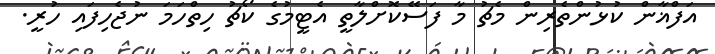
އަފްޣާން ކުޅުންތެރިން މެޗު މާ ފަސޭކޮށްލާތީ އެޓީމުގެ ކޯޗު ހިތްހަމަ ނުޖެހިފައި ހުރީ.